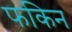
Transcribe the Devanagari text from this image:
फकिन